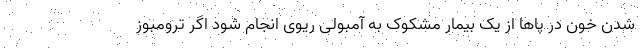
شدن خون در پاها از یک بیمار مشکوک به آمبولی ریوی انجام شود اگر ترومبوز